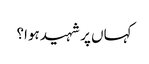
کہاں پر شہید ہوا؟